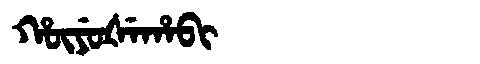
Manchu: ᡥᡡᠶᡠᡧᡝᡥᠠᠪᡳ
Romanization: HŪYUŠEHABI